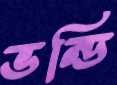
ভন্ডি